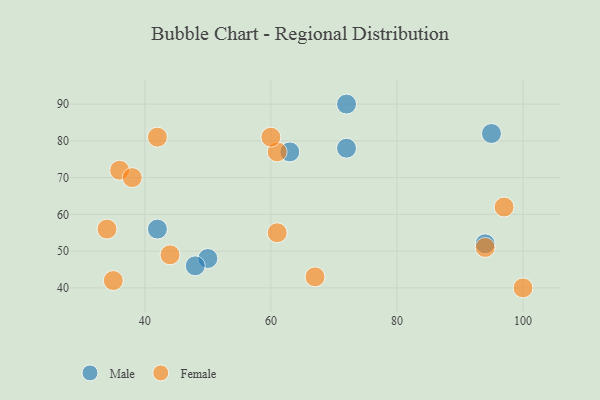
{"axis": {"x": "GDP", "y": "Life Expectancy"}, "legend": ["Female", "Male"], "data": [{"x": "94", "y": 52, "type": "Male"}, {"x": "50", "y": 48, "type": "Male"}, {"x": "95", "y": 82, "type": "Male"}, {"x": "72", "y": 90, "type": "Male"}, {"x": "72", "y": 78, "type": "Male"}, {"x": "63", "y": 77, "type": "Male"}, {"x": "42", "y": 56, "type": "Male"}, {"x": "48", "y": 46, "type": "Male"}, {"x": "44", "y": 49, "type": "Female"}, {"x": "36", "y": 72, "type": "Female"}, {"x": "34", "y": 56, "type": "Female"}, {"x": "94", "y": 51, "type": "Female"}, {"x": "61", "y": 77, "type": "Female"}, {"x": "42", "y": 81, "type": "Female"}, {"x": "35", "y": 42, "type": "Female"}, {"x": "100", "y": 40, "type": "Female"}, {"x": "60", "y": 81, "type": "Female"}, {"x": "97", "y": 62, "type": "Female"}, {"x": "61", "y": 55, "type": "Female"}, {"x": "67", "y": 43, "type": "Female"}, {"x": "38", "y": 70, "type": "Female"}]}